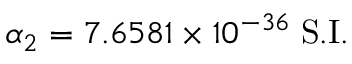
\alpha _ { 2 } = 7 . 6 5 8 1 \times 1 0 ^ { - 3 6 } \; \mathrm { S . I . }